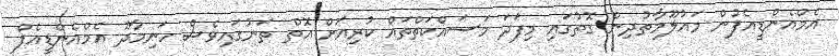
އެމްއެންޑީއެފުން މައުލޫމާތުދިން ގޮތުގައި މިފަދަ މަސައްކަތްތައް ކުރިއަށް އޮތް ތަނުގައިވެސް ހަނިމާދޫ އެމްއެންޑީއެފް